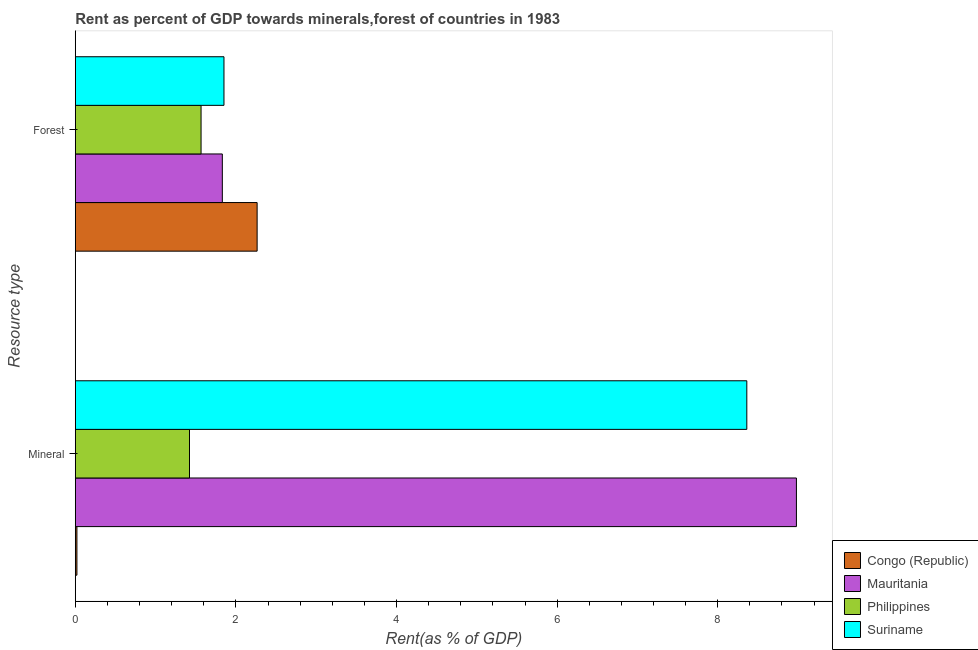
| Resource type | Congo (Republic) | Mauritania | Philippines | Suriname |
 | --- | --- | --- | --- | --- |
 | Mineral | 0.0201 | 8.98 | 1.42 | 8.36 |
 | Forest | 2.26 | 1.83 | 1.57 | 1.85 |